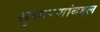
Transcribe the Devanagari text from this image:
सुधारणांबद्दल